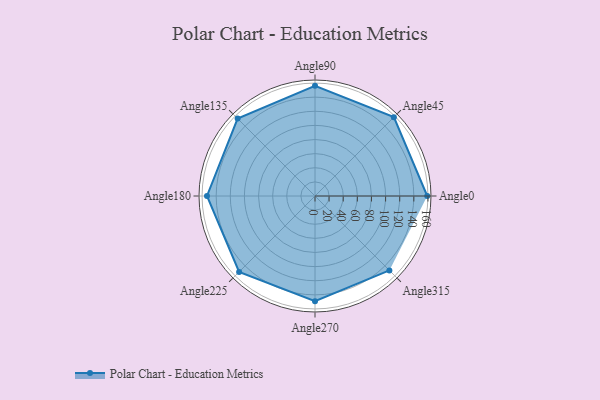
{"axis": {"x": "Angle", "y": "Radius"}, "legend": [""], "data": [{"x": "Angle0", "y": 159.0, "type": ""}, {"x": "Angle45", "y": 158.0, "type": ""}, {"x": "Angle90", "y": 156.0, "type": ""}, {"x": "Angle135", "y": 155.0, "type": ""}, {"x": "Angle180", "y": 153.0, "type": ""}, {"x": "Angle225", "y": 152.0, "type": ""}, {"x": "Angle270", "y": 149.0, "type": ""}, {"x": "Angle315", "y": 149.0, "type": ""}]}